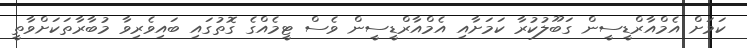
ކަމަށް އެމްއާރްޑީސީން ގަބޫލުކުރާ ކަމަށާއި އެމްއާރްޑީސީން ވެސް ޓީމެއްގެ ގޮތުގައި ބައިވެރިވާ މުބާރާތަކަށްވާތީ